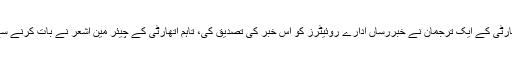
اسرائیلی ٹیکس اتھارٹی کے ایک ترجمان نے خبررساں ادارے روئیٹرز کو اس خبر کی تصدیق کی، تاہم اتھارٹی کے چیئر مین اشعر نے بات کرنے سے معذرت کر لی۔